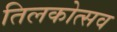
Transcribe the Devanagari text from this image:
तिलकोत्सव